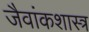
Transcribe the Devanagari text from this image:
जैवांकशास्त्र